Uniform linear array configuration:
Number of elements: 32
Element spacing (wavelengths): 0.75
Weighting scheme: cosine
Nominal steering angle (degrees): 15
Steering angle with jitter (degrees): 13.196
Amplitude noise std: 0.05
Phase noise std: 0.05

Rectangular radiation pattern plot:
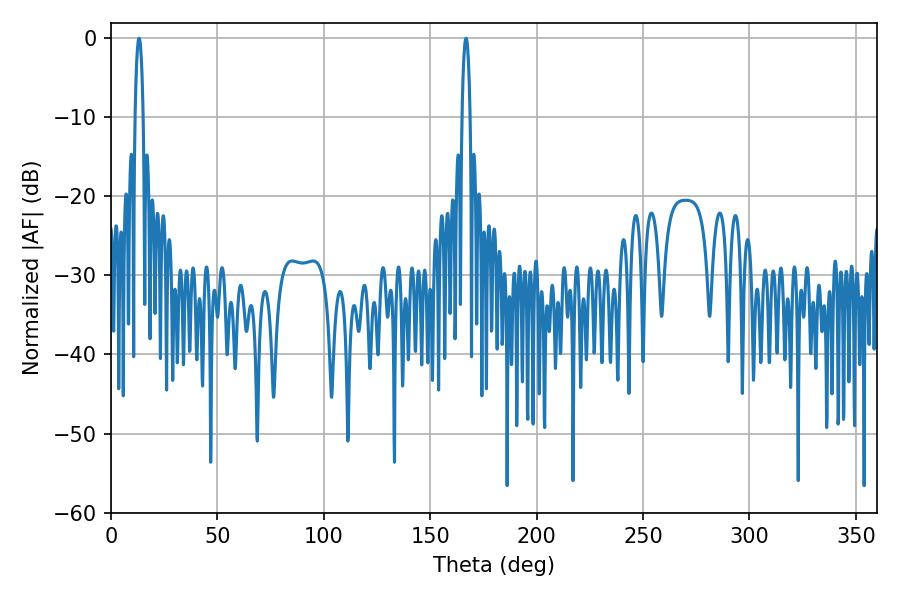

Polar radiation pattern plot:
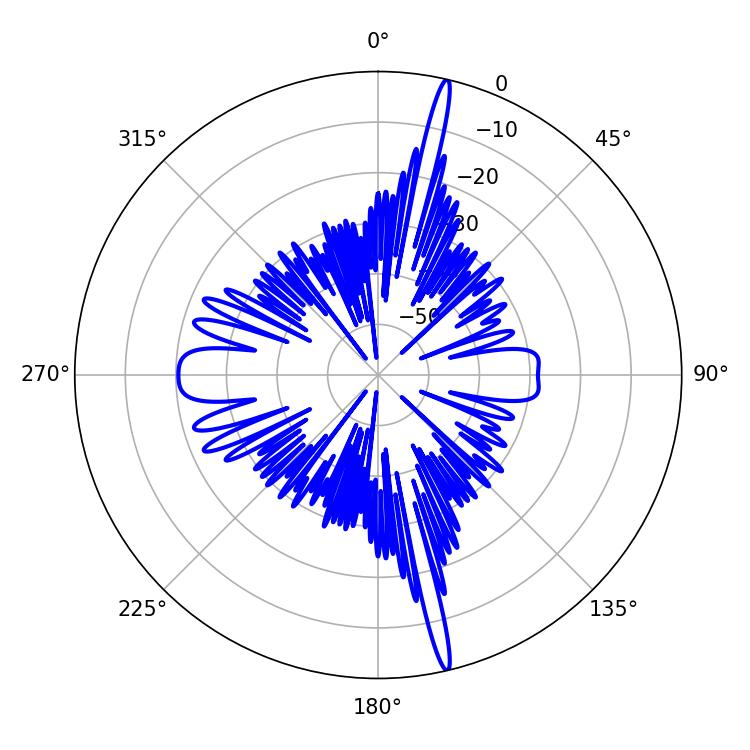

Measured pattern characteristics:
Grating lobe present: TRUE
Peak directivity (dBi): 20.94
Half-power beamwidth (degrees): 2.16
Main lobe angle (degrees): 13.14